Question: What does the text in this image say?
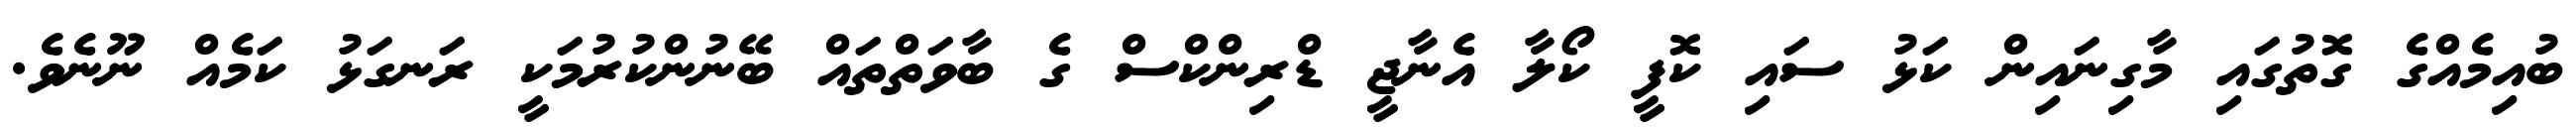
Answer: ބުއިމެއްގެ ގޮތުގައި މާގިނައިން ކަޅު ސައި ކޮފީ ކޯލާ އެނާޖީ ޑްރިންކްސް ގެ ބާވަތްތައް ބޭނުންކުރުމަކީ ރަނގަޅު ކަމެއް ނޫނެވެ.